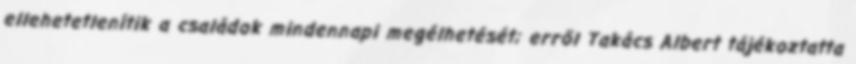
ellehetetlenítik a családok mindennapi megélhetését; erről Takács Albert tájékoztatta